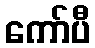
ကော်ပီ